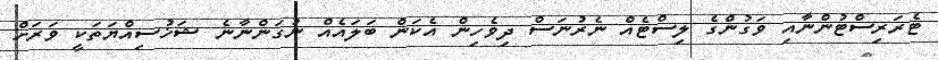
ޓެރަރިސްޓުންނާއި ވަގުންގެ ލިސްޓެއް ނެރުނަސް ދިވެހިން އެކަން ބަލައެއް ނުގަންނާނެ ޝަަޚުސިއްޔަތަކީ ވަރަށް